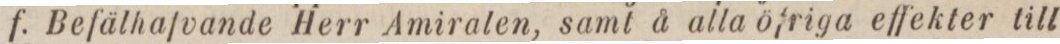
f. Befälhafvande Herr Amiralen, samt å alla öfriga effekter till